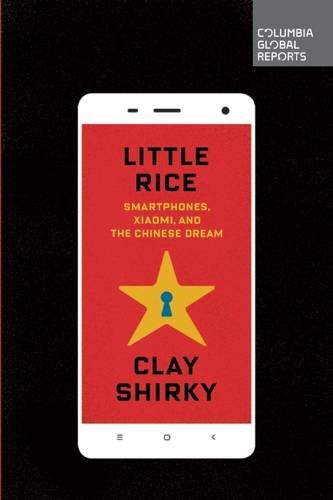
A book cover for Little Rice: Smartphones, Xiaomi, and the Chinese Dream; Clay Shirky; Engineering & Transportation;